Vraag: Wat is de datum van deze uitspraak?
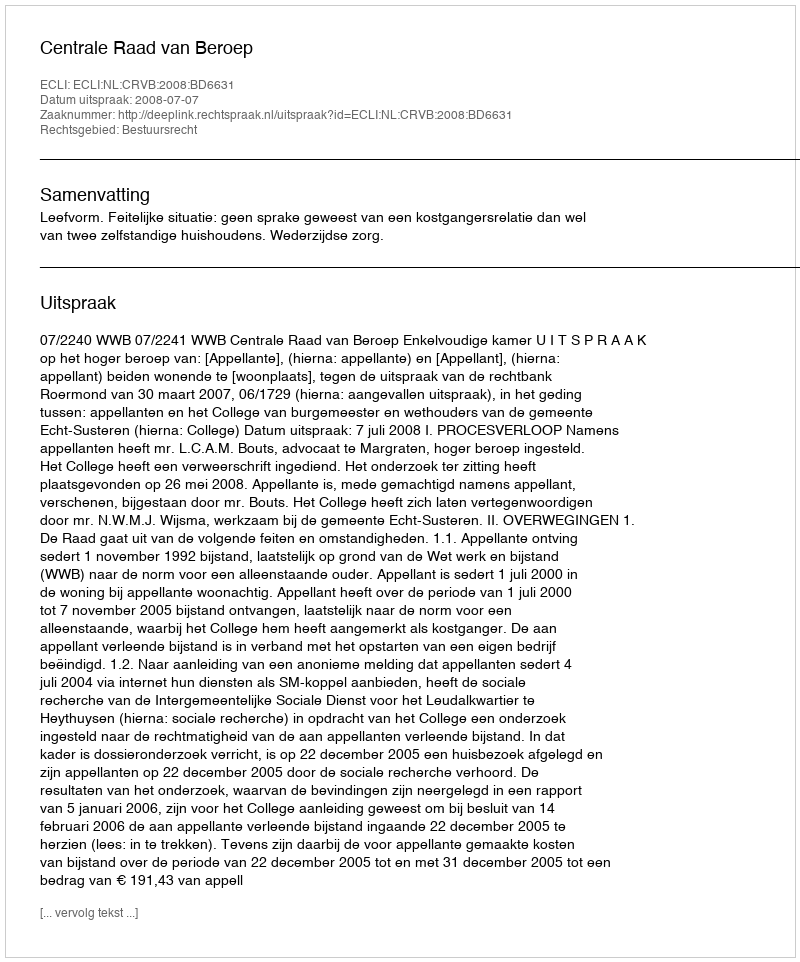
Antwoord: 2008-07-07